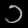
Digit: ၁